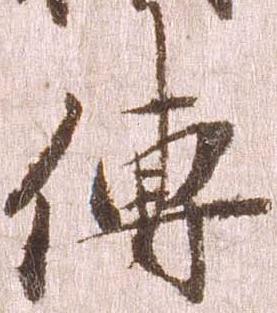
伝